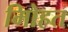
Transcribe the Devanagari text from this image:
मोिहत